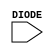
module sky130_fd_sc_ls__diode (
    DIODE
);

    // Module ports
    input DIODE;
     // No contents.
endmodule